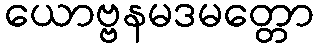
ယောဗ္ဗနမဒမတ္တော